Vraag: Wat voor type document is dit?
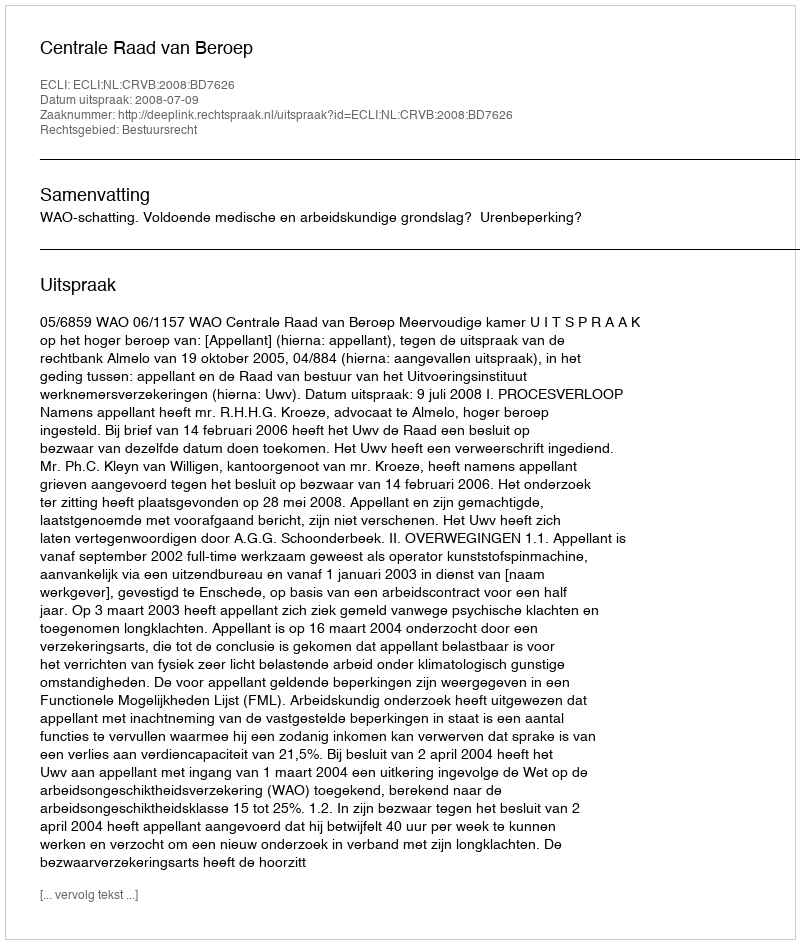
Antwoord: Uitspraak